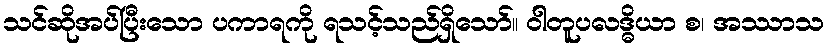
သင်ဆိုအပ်ပြီးသော ပကာရကို ရသင့်သည်ရှိသော်။ ဝါတူပလဒ္ဓိယာ စ၊ အဿာသ